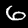
Digit: 6